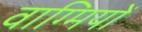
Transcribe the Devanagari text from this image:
वाग्मियों